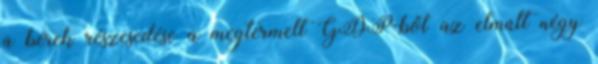
a bérek részesedése a megtermelt GDP-ből az elmúlt négy